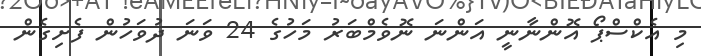
މި އެކްސްޕޯ އޮންނާނީ އަންނަ ނޮވެމްބަރު މަހުގެ 24 ވަނަ ދުވަހުން ފެށިގެން